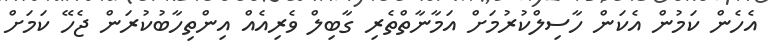
އެހެން ކަމުން އެކަން ހާސިލްކުރުމަށް އަމާނާތްތެރި ގާބިލް ވެރިއެއް އިންތިހާބުކުރަން ޖެހޭ ކަމަށް